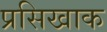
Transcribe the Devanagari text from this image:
प्रसिखाक